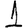
Digit: 1